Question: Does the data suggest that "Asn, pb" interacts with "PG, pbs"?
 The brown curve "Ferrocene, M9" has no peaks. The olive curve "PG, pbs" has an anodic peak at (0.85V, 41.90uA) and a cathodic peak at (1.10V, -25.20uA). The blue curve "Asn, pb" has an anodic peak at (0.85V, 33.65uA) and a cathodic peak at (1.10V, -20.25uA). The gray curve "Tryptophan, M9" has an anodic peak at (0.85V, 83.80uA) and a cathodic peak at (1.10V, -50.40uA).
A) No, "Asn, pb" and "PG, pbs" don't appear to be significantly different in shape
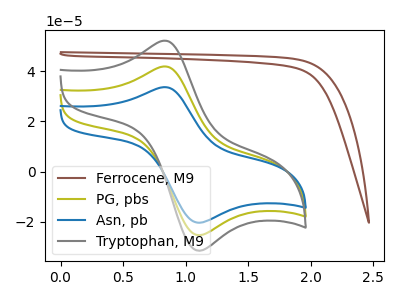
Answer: <think>All the peaks in "Asn, pb" have a peak in "PG, pbs" at the same potential. Every peak in "Asn, pb" is lower than every peak in "PG, pbs".
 </think>
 <answer>A) No, "Asn, pb" and "PG, pbs" don't appear to be significantly different in shape</answer>
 <eval>A</eval>